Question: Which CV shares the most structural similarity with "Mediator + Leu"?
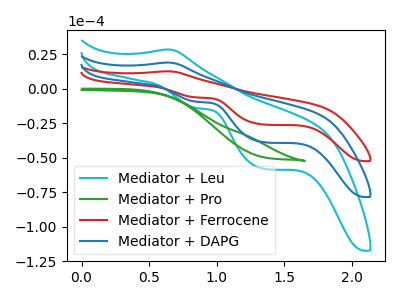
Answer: <think>The cyan curve "Mediator + Leu" has an anodic peak at (0.65V, 38.15uA) and cathodic peaks at (0.85V, -18.60uA) (1.35V, -77.40uA). The green curve "Mediator + Pro" has no peaks. The red curve "Mediator + Ferrocene" has an anodic peak at (0.65V, 12.75uA) and cathodic peaks at (0.85V, -6.20uA) (1.35V, -25.85uA). The blue curve "Mediator + DAPG" has an anodic peak at (0.65V, 19.10uA) and cathodic peaks at (0.85V, -9.30uA) (1.35V, -38.70uA).
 "Mediator + Leu" and "Mediator + Pro" have a different number of peaks. All the peaks in "Mediator + Leu" have a peak in "Mediator + Ferrocene" at the same potential. Every peak in "Mediator + Leu" is higher than every peak in "Mediator + Ferrocene". All the peaks in "Mediator + Leu" have a peak in "Mediator + DAPG" at the same potential. Every peak in "Mediator + Leu" is higher than every peak in "Mediator + DAPG". "Mediator + Pro" and "Mediator + Ferrocene" have a different number of peaks. "Mediator + Pro" and "Mediator + DAPG" have a different number of peaks. All the peaks in "Mediator + Ferrocene" have a peak in "Mediator + DAPG" at the same potential. Every peak in "Mediator + Ferrocene" is lower than every peak in "Mediator + DAPG".</think>
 <answer>"Mediator + Leu" and "Mediator + DAPG" have a similar shape to "Mediator + Ferrocene".</answer>
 <eval>"Mediator + Leu" "Mediator + DAPG"</eval>